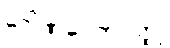
ဂေါဏပေတဝတ္ထု